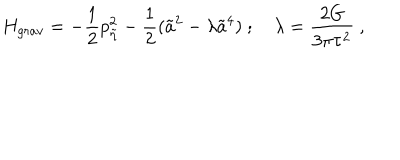
H _ { g r a v } = - { \frac { 1 } { 2 } } p _ { \tilde { \eta } } ^ { 2 } - { \frac { 1 } { 2 } } ( \tilde { a } ^ { 2 } - \lambda \tilde { a } ^ { 4 } ) \ ; \quad \lambda = { \frac { 2 G } { 3 \pi \tau ^ { 2 } } } \ ,